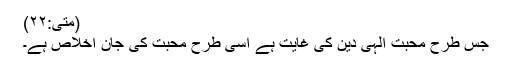
(متی:۲۲)
جس طرح محبت الہی دین کی غایت ہے اسی طرح محبت کی جان اخلاص ہے۔